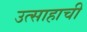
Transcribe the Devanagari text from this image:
उत्साहाची